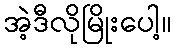
အဲ့ဒီလိုမြိုးပေါ့။